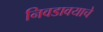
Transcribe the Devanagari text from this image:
निवडावयाचे